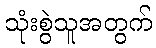
သုံးစွဲသူအတွက်